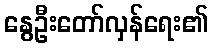
နွေဦးတော်လှန်ရေး၏